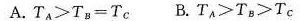
A.$$T _ { A } > T _ { B } = T_{ C }$$ B.$$T _ { A } > T _{ B } > T _ { C }$$